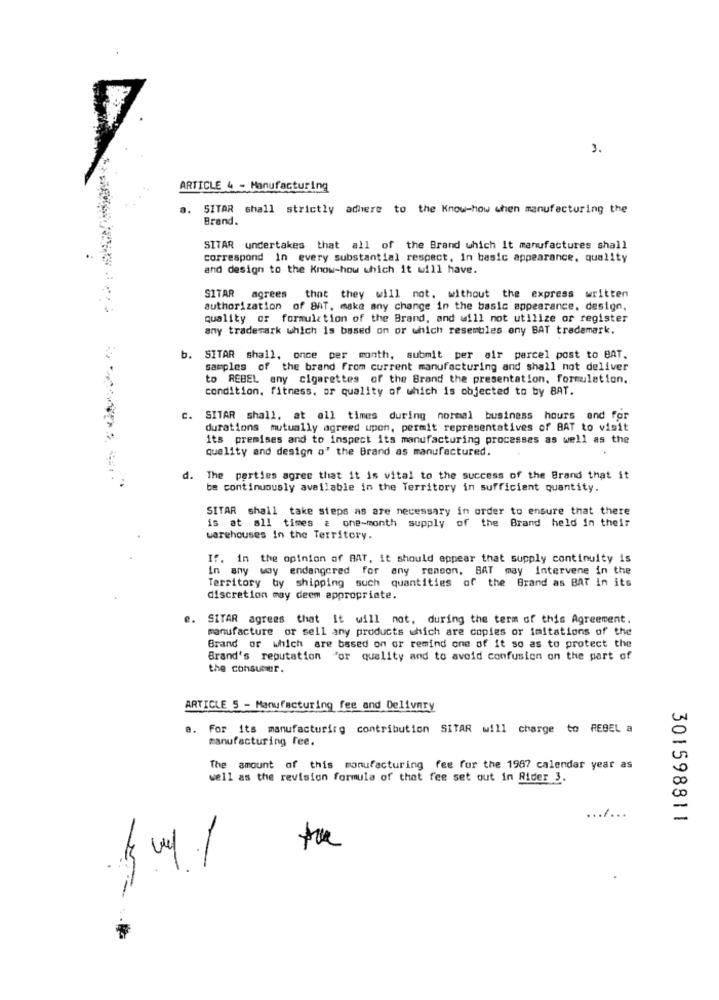
3.
ARTICLE 4 - Manufacturing
a.
SITAR shall strictly adhere to the Know-how when manufacturing the
Brand.
SITAR undertakes that all of the Brand which It manufactures shall
..
correspond In every substantial respect, in basic appearance, quality
and design to the Know-how which it will have.
SITAR agrees that they will not. without the express written
authorization of BAT, make any change in the basic appearance, design,
quality of formulation of the Brand, and will not utilize or register
any trademark which is based on or which resembles ony BAT trademark.
b. SITAR shall, once per month, submit per oir parcel post to BAT.
samples of the brand from current manufacturing and shall not deliver
to REBEL any cigarettes of the Brand the presentation, formulation.
condition, fitness, or quality of which is objected to by BAT.
SITAR shall, at all times during normal business hours and for
durations mutually agreed upon, permit representatives of BAT to visit
its premises and to inspect its manufacturing processes as well as the
quality and design o' the Brand as manufactured.
d. The parties agree that it is vital to the success of the Brand that it
be continuously available in the Territory in sufficient quantity.
SITAR shall take steps as are necessary in order to ensure that there
is at all times & one-month supply of the Brand held in their
warehouses in the Territory.
If. in the opinion of BAT, it should appear that supply continuity is
In any way endangered for any reason, BAT may Intervene in the
Territory by shipping such quantities of the Brand as BAT in its
discretion may deem appropriate.
SITAR agrees that It will not, during the term of this Agreement.
manufacture or sell any products which are copies or imitations of the
Brand or which are based on or remind one of it so as to protect the
Brand's reputation "or quality and to avoid confusion on the part of
the consumer.
ARTICLE 5 - Manufacturing fee and Delivery
a. For its manufacturing contribution SITAR will charge to REBEL a
manufacturing fee.
The amount of this manufacturing fee for the 1987 calendar year as
well as the revision formula of that fee set out in Rider 3.
... / ...
301598811
the
guy /